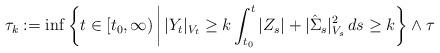
LaTeX: \begin{align*}\tau_{k}:=\inf\bigg\{t\in [t_{0},\infty)\,\bigg|\, |Y_{t}|_{V_{t}}\geq k \int_{t_{0}}^{t}|Z_{s}| + |\hat{\Sigma}_{s}|_{V_{s}}^{2}\,ds\geq k\bigg\}\wedge\tau\end{align*}